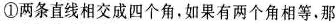
①两条直线相交成四个角，如果有两个角相等。那